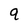
Character: 9